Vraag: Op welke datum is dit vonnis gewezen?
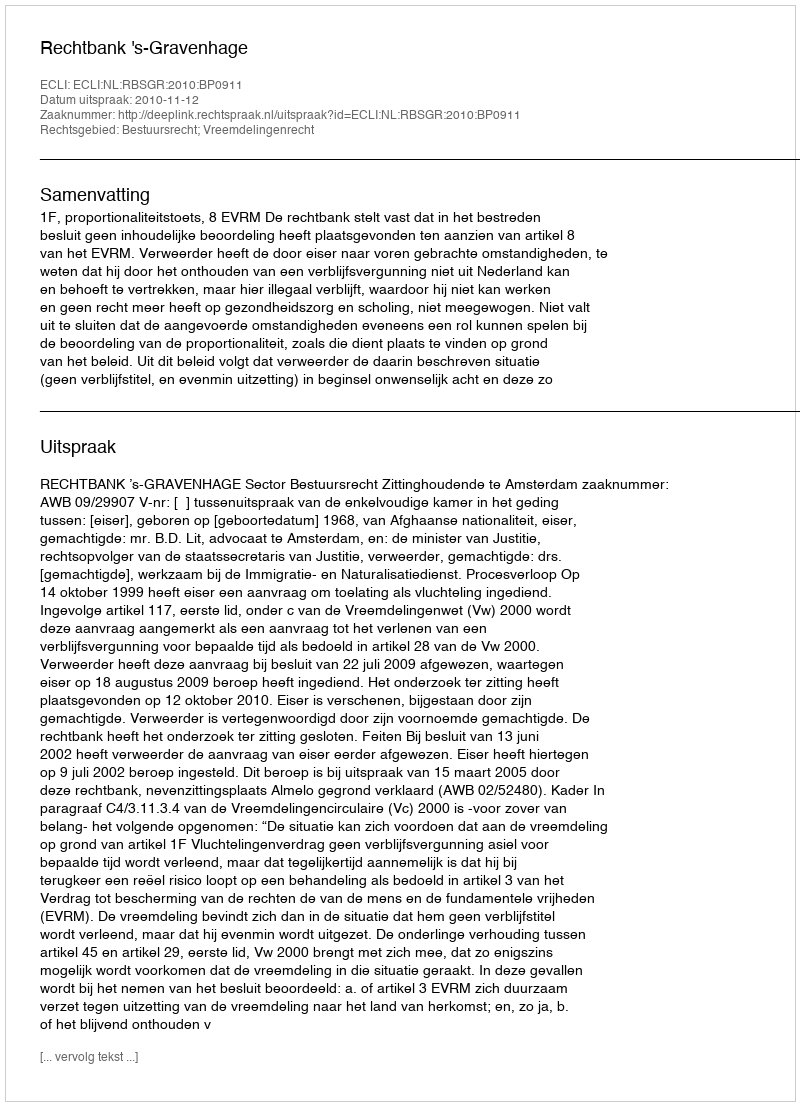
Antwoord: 2010-11-12